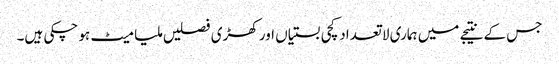
جس کے نتیجے میں ہماری لا تعداد کچی بستیاں اور کھڑی فصلیں ملیا میٹ ہو چکی ہیں۔